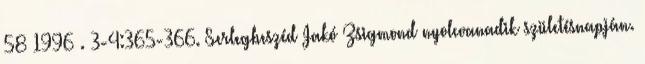
58 1996 . 3-4:365-366. Serlegbeszéd Jakó Zsigmond nyolcvanadik születésnapján.